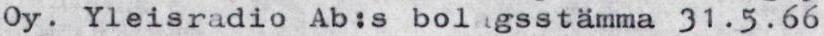
Oy. Yleisradio Ab:s bolgsstämma 31.5.66